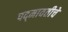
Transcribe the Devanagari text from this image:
पद्‍मावतीचे